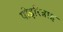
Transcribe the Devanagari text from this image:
पोइरिन्नाह